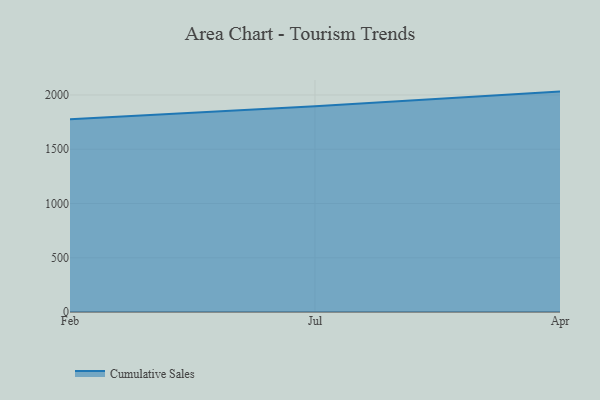
{"axis": {"x": "Month", "y": "Budget (USD K)"}, "legend": ["Cumulative Sales"], "data": [{"x": "Feb", "y": 1777.0, "type": "Cumulative Sales"}, {"x": "Jul", "y": 1896.2, "type": "Cumulative Sales"}, {"x": "Apr", "y": 2031.3, "type": "Cumulative Sales"}]}